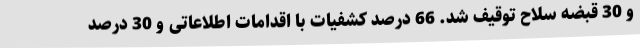
و 30 قبضه سلاح توقیف شد. 66 درصد کشفیات با اقدامات اطلاعاتی و 30 درصد